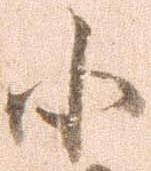
小